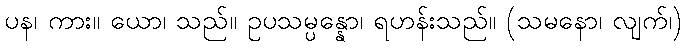
ပန၊ ကား။ ယော၊ သည်။ ဥပသမ္ပန္နော၊ ရဟန်းသည်။ (သမနော၊ လျက်၊)